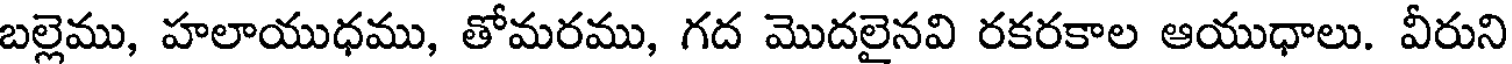
బల్లెము, హలాయుధము, తోమరము, గద మొదలైనవి రకరకాల ఆయుధాలు. వీరుని